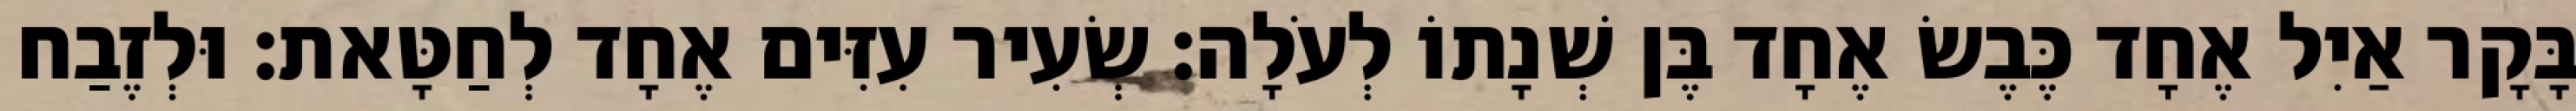
בָּקָר אַיִל אֶחָד כֶּבֶשׂ אֶחָד בֶּן שְׁנָתוֹ לְעֹלָה׃ שְׂעִיר עִזִּים אֶחָד לְחַטָּאת׃ וּלְזֶבַח